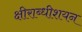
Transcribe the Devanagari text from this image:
क्षीराब्धीशयन